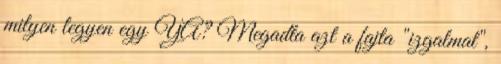
milyen legyen egy YA? Megadta azt a fajta "izgalmat",